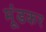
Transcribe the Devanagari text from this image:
मूंडकर